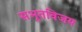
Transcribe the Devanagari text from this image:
सभूतविजय